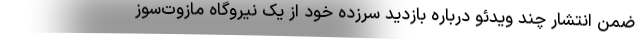
ضمن انتشار چند ویدئو درباره بازدید سرزده خود از یک نیروگاه مازوت‌سوز